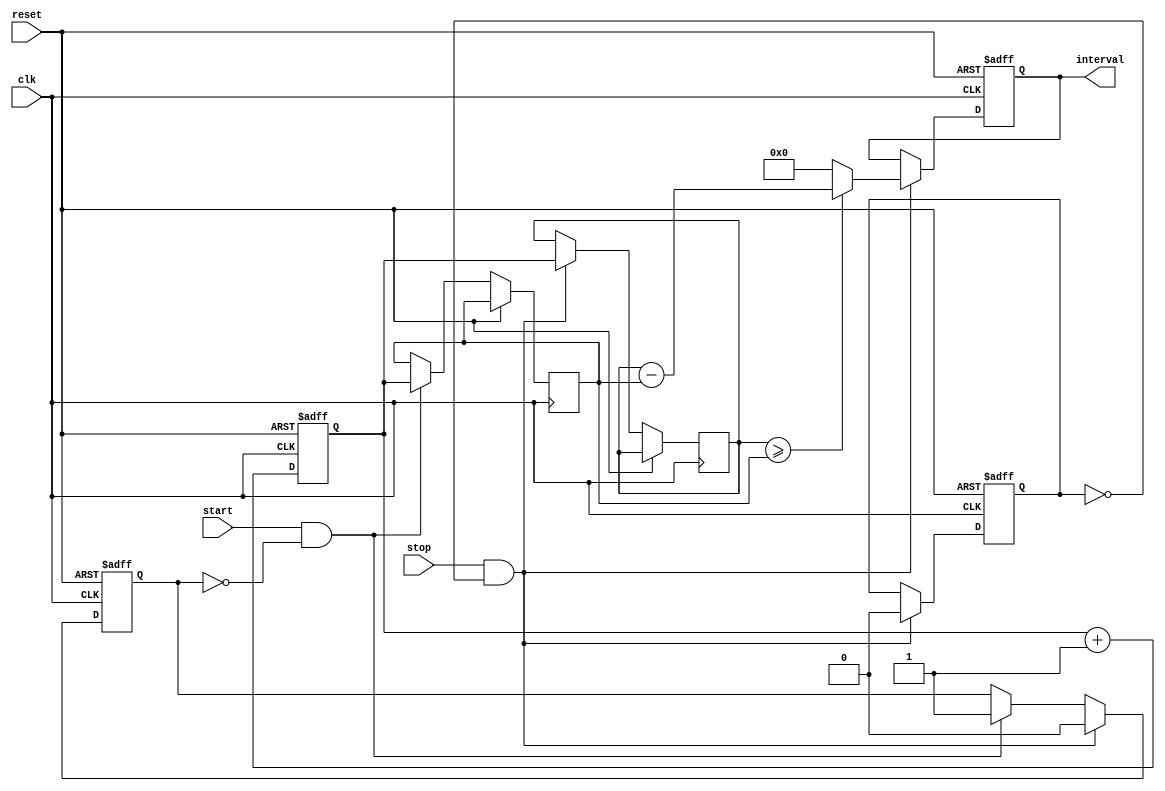
module TDC (
    input wire clk,          // Clock signal
    input wire reset,        // Reset signal
    input wire start,        // Start event signal
    input wire stop,         // Stop event signal
    output reg [7:0] interval // Time interval output (8-bit)
);

    reg [7:0] counter;        // 8-bit counter
    reg [7:0] start_time;     // Latch for start time
    reg [7:0] stop_time;      // Latch for stop time
    reg start_latched;        // Indicates if start time has been latched
    reg stop_latched;         // Indicates if stop time has been latched

    // Counter logic
    always @(posedge clk or posedge reset) begin
        if (reset) begin
            counter <= 8'b0;     // Reset counter
            interval <= 8'b0;    // Reset interval
            start_latched <= 1'b0; // Reset start latch flag
            stop_latched <= 1'b0;  // Reset stop latch flag
        end
        else begin
            counter <= counter + 1; // Increment counter on each clock cycle
            
            // Latch start time on rising edge of start signal
            if (start && ~start_latched) begin
                start_time <= counter;
                start_latched <= 1'b1; // Mark start as latched
            end
            
            // Latch stop time on rising edge of stop signal
            if (stop && ~stop_latched) begin
                stop_time <= counter;
                stop_latched <= 1'b1; // Mark stop as latched
                
                // Calculate the time interval
                if (stop_time >= start_time) begin
                    interval <= stop_time - start_time; // Calculate interval
                end else begin
                    interval <= 8'b0; // If stop < start, interval is zero
                end
                
                // Reset latches for next measurement
                start_latched <= 1'b0;
                stop_latched <= 1'b0;
            end
        end
    end

endmodule